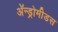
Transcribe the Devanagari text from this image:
ॲन्ड्रोमीडस